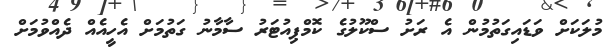
މުލަކަށް ވަޑައިގަތުމުން އެ ރަށު ސްކޫލުގެ ކޮމްޕިއުޓަރު ސާމާނު ގަތުމަށް އެހީއެއް ދެއްވުމަށް